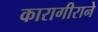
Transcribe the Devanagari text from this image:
कारागीराने